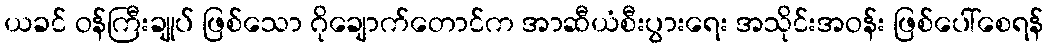
ယခင် ဝန်ကြီးချုပ် ဖြစ်သော ဂိုချောက်တောင်က အာဆီယံစီးပွားရေး အသိုင်းအဝန်း ဖြစ်ပေါ်စေရန်